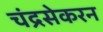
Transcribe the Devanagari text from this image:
चंद्रसेकरन